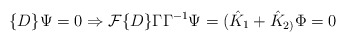
\begin{align*}\{D\}\Psi =0\Rightarrow {\cal F}\{D\}\Gamma \Gamma ^{-1}\Psi=(\hat K_1+\hat K_{2)}\Phi =0\end{align*}